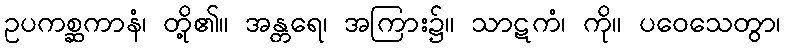
ဥပကစ္ဆကာနံ၊ တို့၏။ အန္တရေ၊ အကြား၌။ သာဋကံ၊ ကို။ ပဝေသေတွာ၊